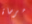
مرساة